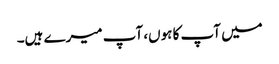
میں آپ کا ہوں، آپ میرے ہیں۔